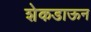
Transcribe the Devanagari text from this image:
शेकडाऊन